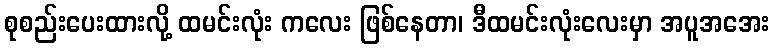
စုစည်းပေးထားလို့ ထမင်းလုံး ကလေး ဖြစ်နေတာ၊ ဒီထမင်းလုံးလေးမှာ အပူအအေး